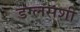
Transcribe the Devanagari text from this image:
डग्लसशी